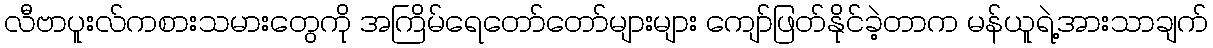
လီဗာပူးလ်ကစားသမားတွေကို အကြိမ်ရေတော်တော်များများ ကျော်ဖြတ်နိုင်ခဲ့တာက မန်ယူရဲ့အားသာချက်